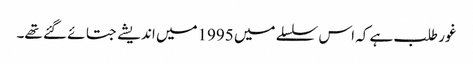
غور طلب ہے کہ اس سلسلے میں 1995میں اندیشے جتائے گئے تھے۔